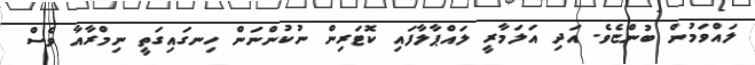
ލައްވަމުން ބުންޏެވެ. އަދި އަލަމާރީ ލައްޕާލާފައި ކޮޓަރިން ނުކުންނަން ހިނގައިގަތީ ނިމްރާއާ ވެސް